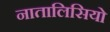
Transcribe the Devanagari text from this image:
नातालिसियो